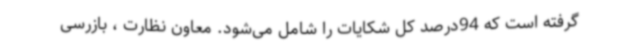
گرفته است که 94درصد کل شکایات را شامل می‌شود. معاون نظارت ، بازرسی